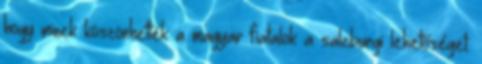
hogy minek köszönhették a magyar fiatalok a salzburgi lehetőséget.